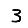
Digit: 3